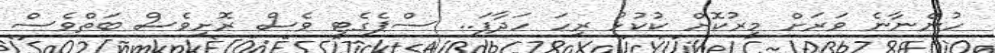
ހުންނާނެ ވަރަށް މީރުކޮށް ކުކުޅު ރިހަ ހަދާފަ.. ސްޕެގެޓީ ވެސް ރޮށިވެސް ބަތްވެސް